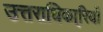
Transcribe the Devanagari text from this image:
उत्तराधिका्रियों